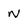
Character: N